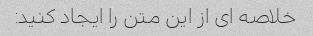
خلاصه ای از این متن را ایجاد کنید: